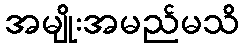
အမျိုးအမည်မသိ